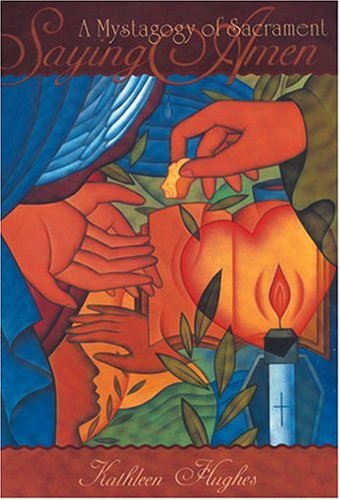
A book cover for Saying Amen: A Mystagogy of Sacrament; Kathleen Hughes; Christian Books & Bibles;